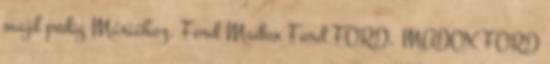
majd pedig Máriához. Ford Madox Ford FORD, MADOX FORD